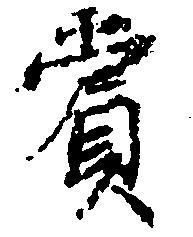
賞